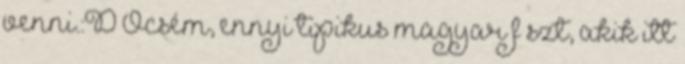
venni.:D Öcsém, ennyi tipikus magyar f szt, akik itt